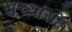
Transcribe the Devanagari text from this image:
खुर्च्यासह